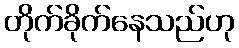
တိုက်ခိုက်နေသည်ဟု